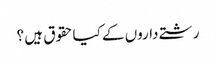
رشتے داروں کے کیاحقوق ہیں ؟